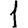
Digit: 1